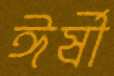
ঈর্ষী